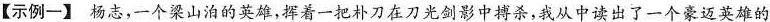
【示例一】杨志，一个梁山泊的英雄，挥着一把朴刀在刀光剑影中搏杀，我从中读出了一个豪迈英雄的